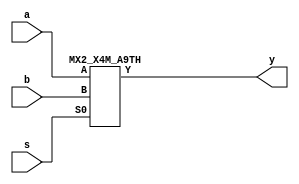
module chiplib_mux2 ( 
  input  a,
  input  b,
  input  s,
  output y
  );

`ifdef FPGA_SYNTH
assign y = (s == 1'b1) ? b : a;
`else
  MX2_X4M_A9TH u_DONT_TOUCH_mux2_inst (     .A   (a),
     .B   (b),
     .Y   (y),
     .S0  (s)
  );
`endif


endmodule

module chiplib_mux3 ( 
  input        a,
  input        b,
  input        c,
  input  [1:0] s,
  output       y
  );

`ifdef FPGA_SYNTH
assign y = (s == 2'b10) ? c : ((s == 2'b01) ? b : a);
`else
  MX2_X4M_A9TH u_DONT_TOUCH_mux2_inst0 (
     .A   (a),
     .B   (b),
     .Y   (y_int),
     .S0  (s[0])
  );

  MX2_X4M_A9TH u_DONT_TOUCH_mux2_inst1 (
     .A   (y_int),
     .B   (c),
     .Y   (y),
     .S0  (s[1])
  );
`endif

endmodule


module chiplib_mux4 ( 
  input        a,
  input        b,
  input        c,
  input        d,
  input  [1:0] s,
  output       y
  );

`ifdef FPGA_SYNTH
assign y = (s == 2'b11) ? d : ((s == 2'b10) ? c : ((s == 2'b01) ? b : a));
`else
  MX2_X4M_A9TH u_DONT_TOUCH_mux2_inst0 (
     .A   (a),
     .B   (b),
     .Y   (y_int1),
     .S0  (s[0])
  );

  MX2_X4M_A9TH u_DONT_TOUCH_mux2_inst1 (
     .A   (c),
     .B   (d),
     .Y   (y_int2),
     .S0  (s[0])
  );

  MX2_X4M_A9TH u_DONT_TOUCH_mux2_inst2 ( .A(y_int1),     .B (y_int2), .Y   (y),.S0  (s[1]) );

`endif


endmodule

module MX2_X4M_A9TH (
  input  A,
  input  B,
  output Y,
  input  S0
);

  assign Y = (S0 == 1'b1) ? B : A;

endmodule